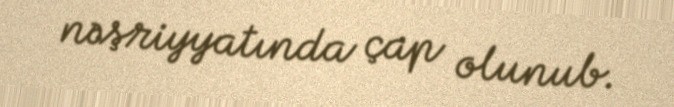
nəşriyyatında çap olunub.